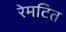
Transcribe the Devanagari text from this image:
रेमटित